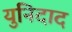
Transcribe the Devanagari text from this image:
युनिदाद